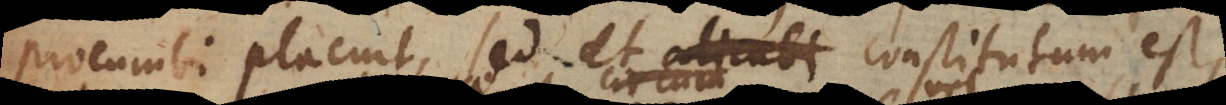
procumbi placuit, sed et alicubi constitutum